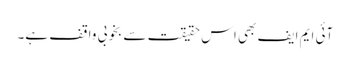
آئی ایم ایف بھی اس حقیقت سے بخوبی واقف ہے۔